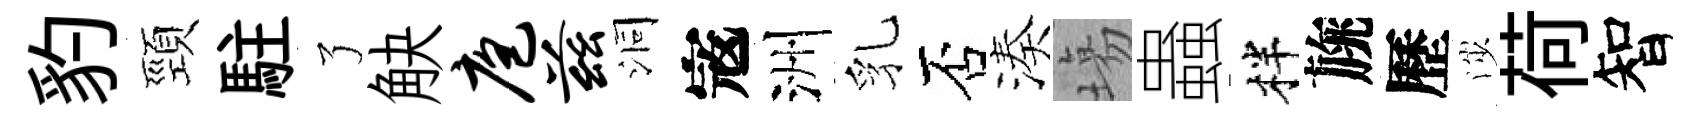
豹頸駐了觖庖兹洞𡨥洲乳否湊塲蟲柈旐歷渉荷智